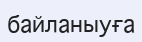
байланыуға